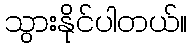
သွားနိုင်ပါတယ်။